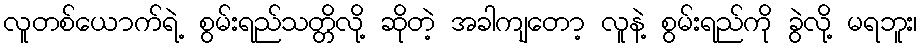
လူတစ်ယောက်ရဲ့ စွမ်းရည်သတ္တိလို့ ဆိုတဲ့ အခါကျတော့ လူနဲ့ စွမ်းရည်ကို ခွဲလို့ မရဘူး၊